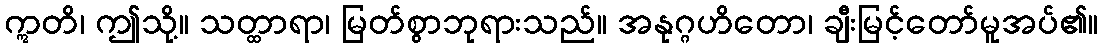
ဣတိ၊ ဤသို့။ သတ္ထာရာ၊ မြတ်စွာဘုရားသည်။ အနုဂ္ဂဟိတော၊ ချီးမြင့်တော်မူအပ်၏။